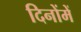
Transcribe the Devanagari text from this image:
दिनोंमें